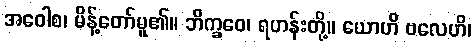
အဝေါစ၊ မိန့်တော်မူ၏။ ဘိက္ခဝေ၊ ရဟန်းတို့။ ယောဟိ ဗလေဟိ၊